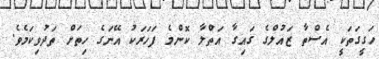
ހަގީގަތަކީ އެސްތާ ޒައުލްގެ ގައިގާ އަތްލާ ކޮންމެ ފަހަރަކު އޭނަގެ ހިތަށް ތަދުވިކަމެވެ.